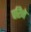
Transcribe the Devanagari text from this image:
परिने